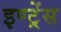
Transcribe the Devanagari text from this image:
इण्ट्रेंस